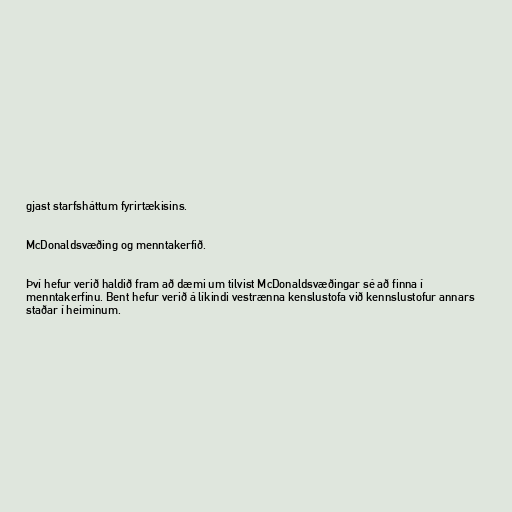
gjast starfsháttum fyrirtækisins.

McDonaldsvæðing og menntakerfið.

Því hefur verið haldið fram að dæmi um tilvist McDonaldsvæðingar sé að finna í
menntakerfinu. Bent hefur verið á líkindi vestrænna kenslustofa við kennslustofur annars
staðar í heiminum.